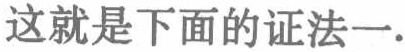
这就是下面的证法一.